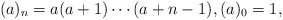
\begin{align*}(a)_{n}=a(a+1)\cdots (a+n-1),(a)_0=1,\end{align*}